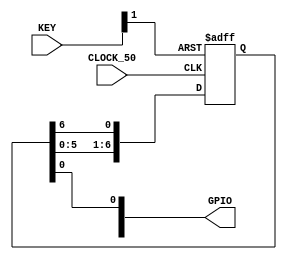
module one_hot_div(CLOCK_50, KEY, GPIO);

input           CLOCK_50;
input   [1:0]   KEY;
output  [35:0]  GPIO;

parameter   N = 7;

reg     [N-1:0] one_hot_cnt;

wire    sys_clk     = CLOCK_50;
wire    sys_rst_n   = KEY[1];

assign GPIO[0] = one_hot_cnt[0];

always @(posedge sys_clk, negedge sys_rst_n) begin
    if(~sys_rst_n) begin
        one_hot_cnt <= 1;
    end else begin
        one_hot_cnt <= {one_hot_cnt[N-2:0], one_hot_cnt[N-1]};
    end
end


endmodule